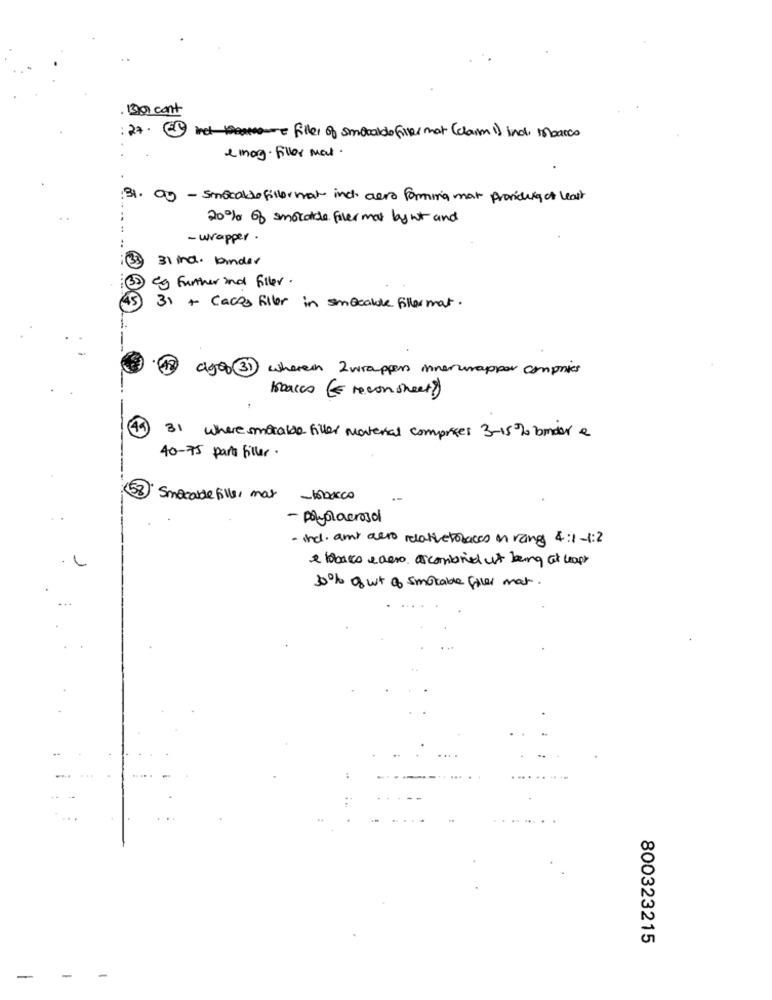
. 130 cont
: 27. net filler of smocaldo filles mot (claim 1) ind. marco
e mag. filler mat.
31. ag - smocaldo fillormal inc. aero forming mat providing of least
20% of smocattle filer mot by wt and
- wrapper .
31 ind. binder
&g Further and filler.
3) + caces filler in smocalle filler mat.
aga 31 wherein 2 wrappers innerwrapper comprices
Isacco (E reconsheet)
(4ª
31 where smotable filler material comprises 3-15% bomder &
40-75 para filler.
53
Smacalle fills, mar -tobacco
- Polysacrosol
· ind. amy aero relativetorace m rang 4:1-1:2
+ bbarco e aero ascombined ut being at least
30% of wt of smokable filer mat.
800323215
-
-